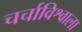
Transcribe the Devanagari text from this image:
चर्चाविश्वाला